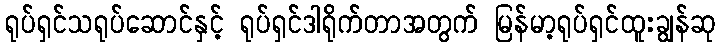
ရုပ်ရှင်သရုပ်ဆောင်နှင့် ရုပ်ရှင်ဒါရိုက်တာအတွက် မြန်မာ့ရုပ်ရှင်ထူးချွန်ဆု